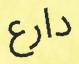
دارع